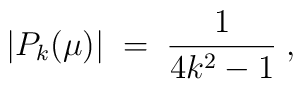
|P_k(\mu)| \; = \; \frac{1}{4k^2 - 1} \; ,